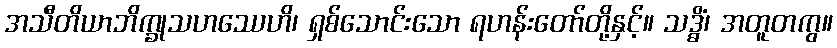
အသီတိယာဘိက္ခုသဟဿေဟိ၊ ရှစ်သောင်းသော ရဟန်းတော်တို့နှင့်။ သဒ္ဓိံ၊ အတူတကွ။